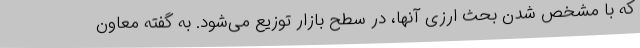
که با مشخص شدن بحث ارزی آنها، در سطح بازار توزیع می‌شود. به گفته معاون